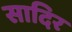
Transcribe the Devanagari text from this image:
सादिर